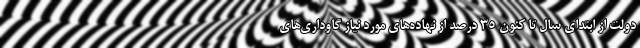
دولت از ابتدای سال تا کنون ۳۵ درصد از نهاده‌های مورد نیاز گاوداری‌های